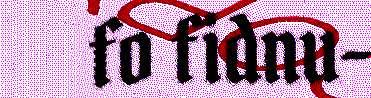
fo fidnu-